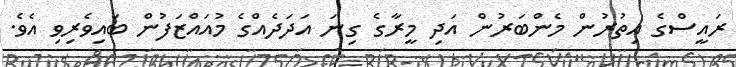
ރައީސްގެ އިތުރުން މެންބަރުން އަދި މީރާގެ ގިނަ އަދަދެއްގެ މުއައްޒަފުން ބައިވެރިވި އެވެ.